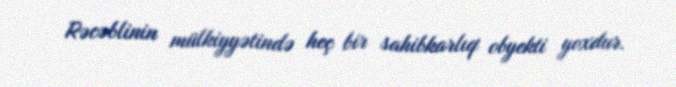
Rəcəblinin mülkiyyətində heç bir sahibkarlıq obyekti yoxdur.